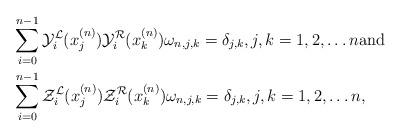
LaTeX: \begin{align*}&\sum_{i=0}^{n-1}\mathcal{Y}_i^{\mathcal{L}}(x_j^{(n)})\mathcal{Y}_i^{\mathcal{R}}(x_k^{(n)})\omega_{n,j,k}=\delta_{j,k}, j,k = 1,2, \ldots n \mbox{and} \\&\sum_{i=0}^{n-1}\mathcal{Z}_i^{\mathcal{L}}(x_j^{(n)})\mathcal{Z}_i^{\mathcal{R}}(x_k^{(n)})\omega_{n,j,k}=\delta_{j,k}, j,k = 1,2, \ldots n, \end{align*}